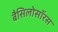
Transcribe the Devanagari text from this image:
बैसिलोसॉरस